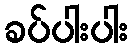
ခပ်ပါးပါး